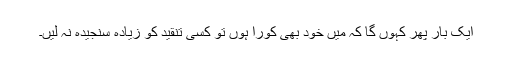
ایک بار پھر کہوں گا کہ میں خود بھی کورا ہوں تو کسی تنقید کو زیادہ سنجیدہ نہ لیں۔